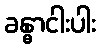
ခန္ဓာငါးပါး